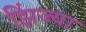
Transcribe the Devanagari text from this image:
झिंज्या